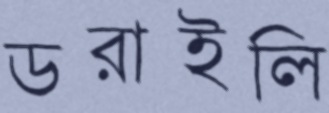
ডরাইলি